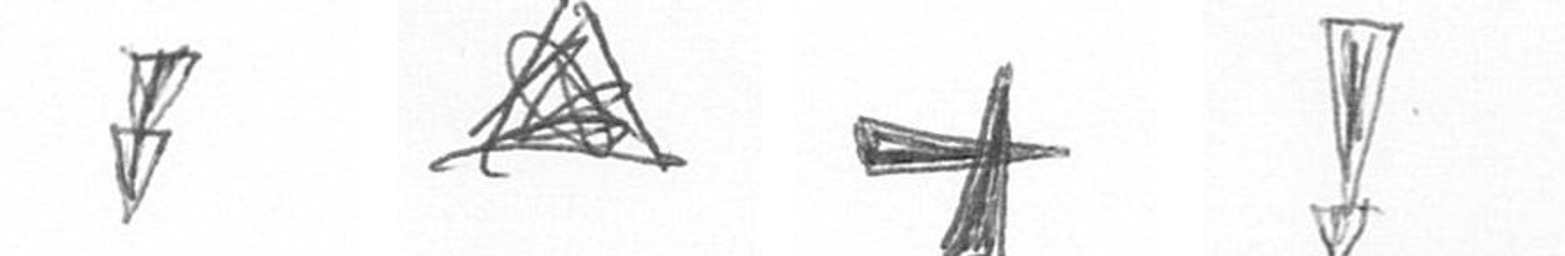
Z O G Z